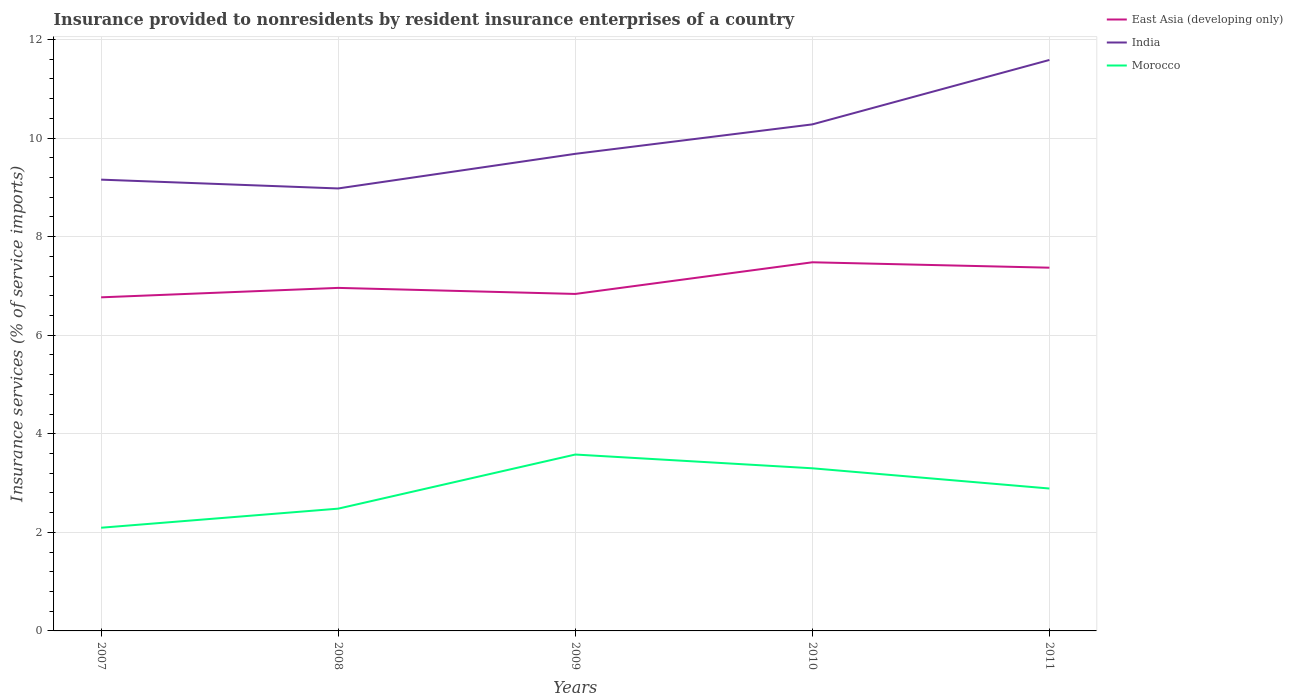
| Years | East Asia (developing only) | India | Morocco |
 | --- | --- | --- | --- |
 | 2007 | 6.77 | 9.16 | 2.09 |
 | 2008 | 6.96 | 8.98 | 2.48 |
 | 2009 | 6.84 | 9.68 | 3.58 |
 | 2010 | 7.48 | 10.3 | 3.3 |
 | 2011 | 7.37 | 11.6 | 2.89 |